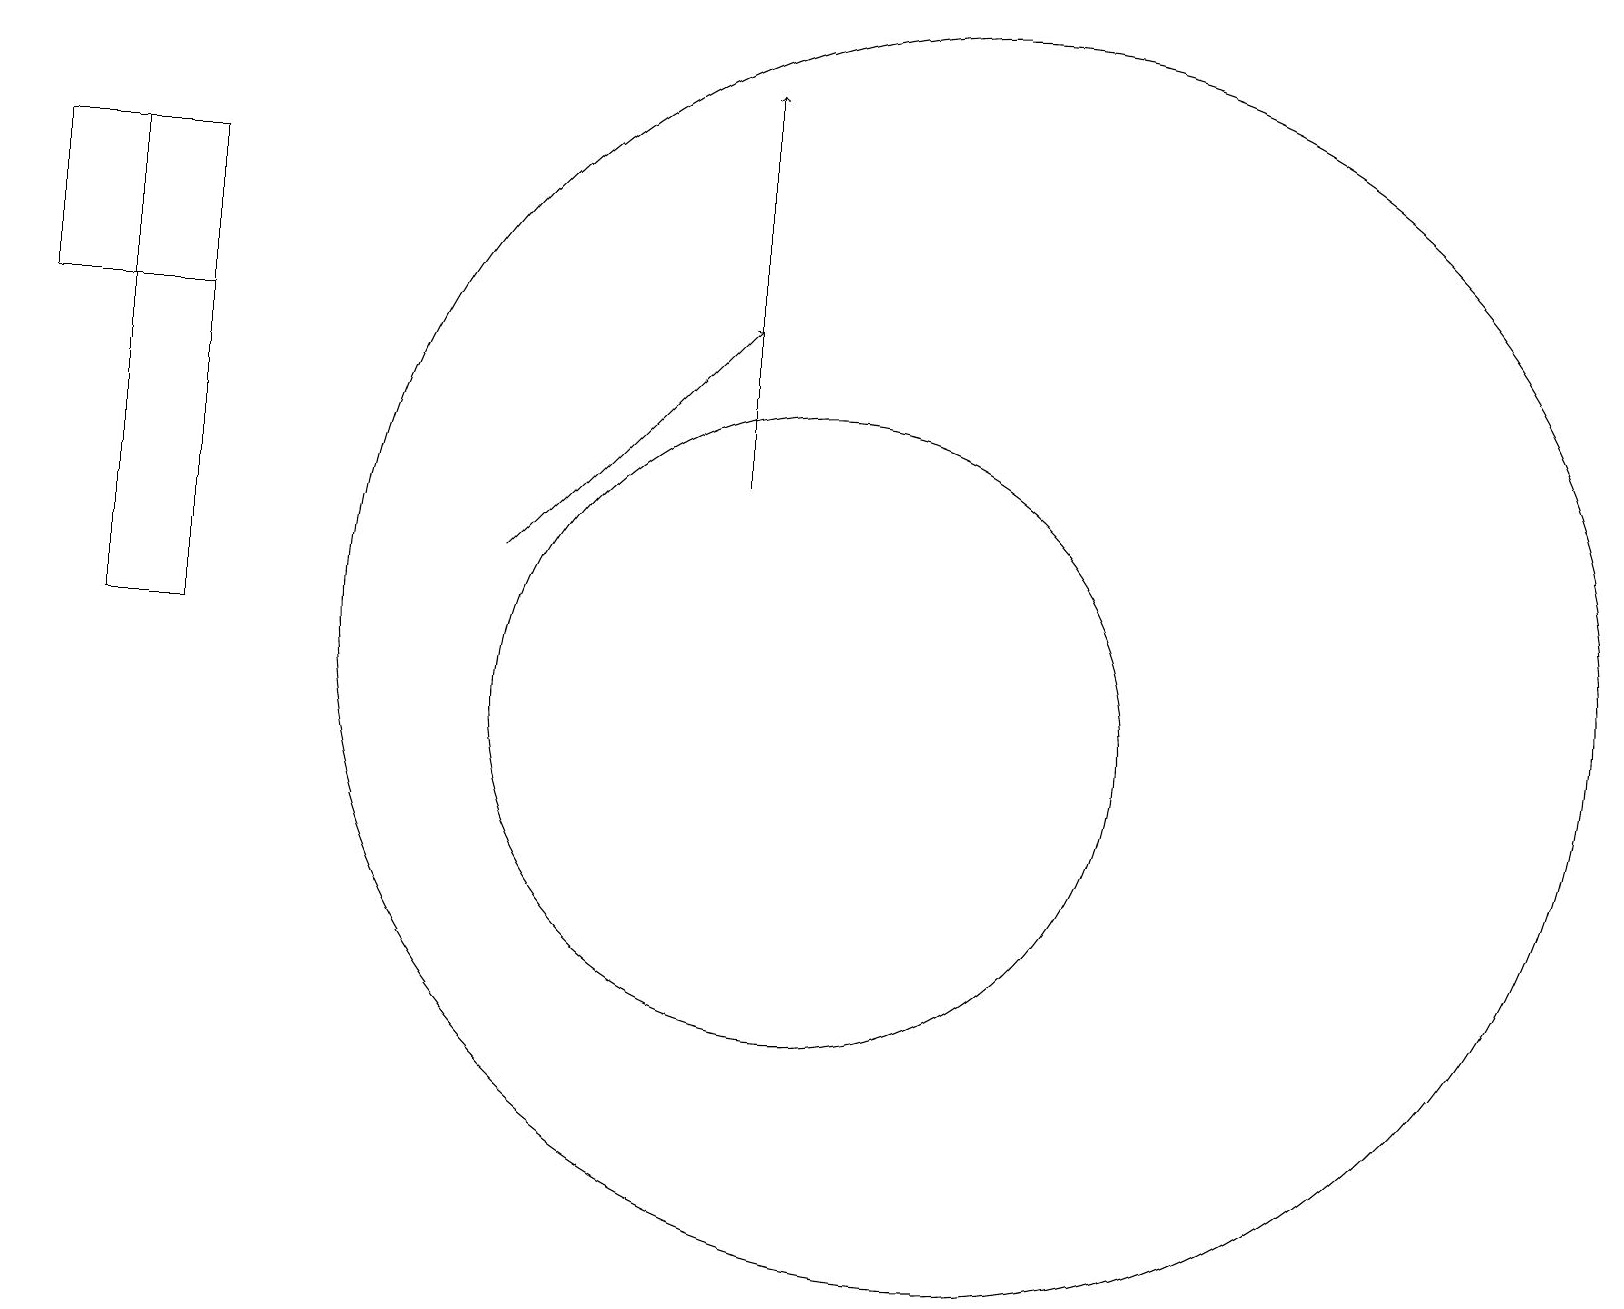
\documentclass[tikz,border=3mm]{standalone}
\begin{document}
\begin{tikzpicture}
\draw (1,17) rectangle (2,11);
\draw[->] (6,12) -- (9,15);
\draw (12,11) circle (8);
\draw (0,17) rectangle (2,15);
\draw[->] (9,13) -- (9,18);
\draw (10,10) circle (4);
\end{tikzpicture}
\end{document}